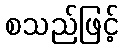
စသည်ဖြင့်